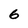
Character: 6